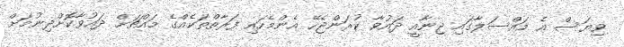
ވިޔަސް އެ މައްސަލާގައި ޖިނާއީ ދައުވާ ކުރަންޖެހޭ އެންމެހައި ފަރާތްތަކެއްގެ މައްޗަށް ދައުވާކޮށްދިނުމަށް